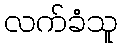
လက်ခံသူ